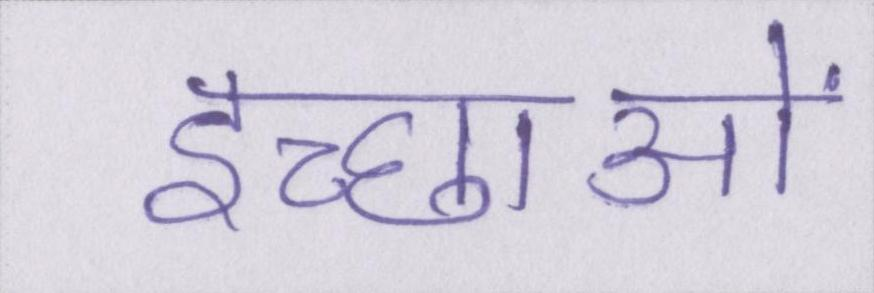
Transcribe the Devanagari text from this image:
इच्छाओं